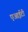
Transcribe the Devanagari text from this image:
एआईटी